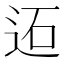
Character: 𨒙